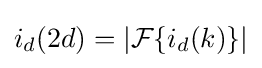
i_{d}(2d)=|{\mathcal {F}}\{i_{d}(k)\}|